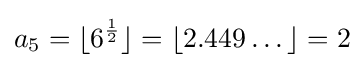
a_{5}=\lfloor 6^{\frac {1}{2}}\rfloor =\lfloor 2.449\dots \rfloor =2